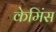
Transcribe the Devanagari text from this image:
केमिंस